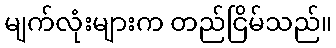
မျက်လုံးများက တည်ငြိမ်သည်။